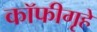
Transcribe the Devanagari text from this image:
कॉफीगृहे